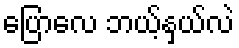
ပြောလေ ဘယ့်နှယ်လဲ